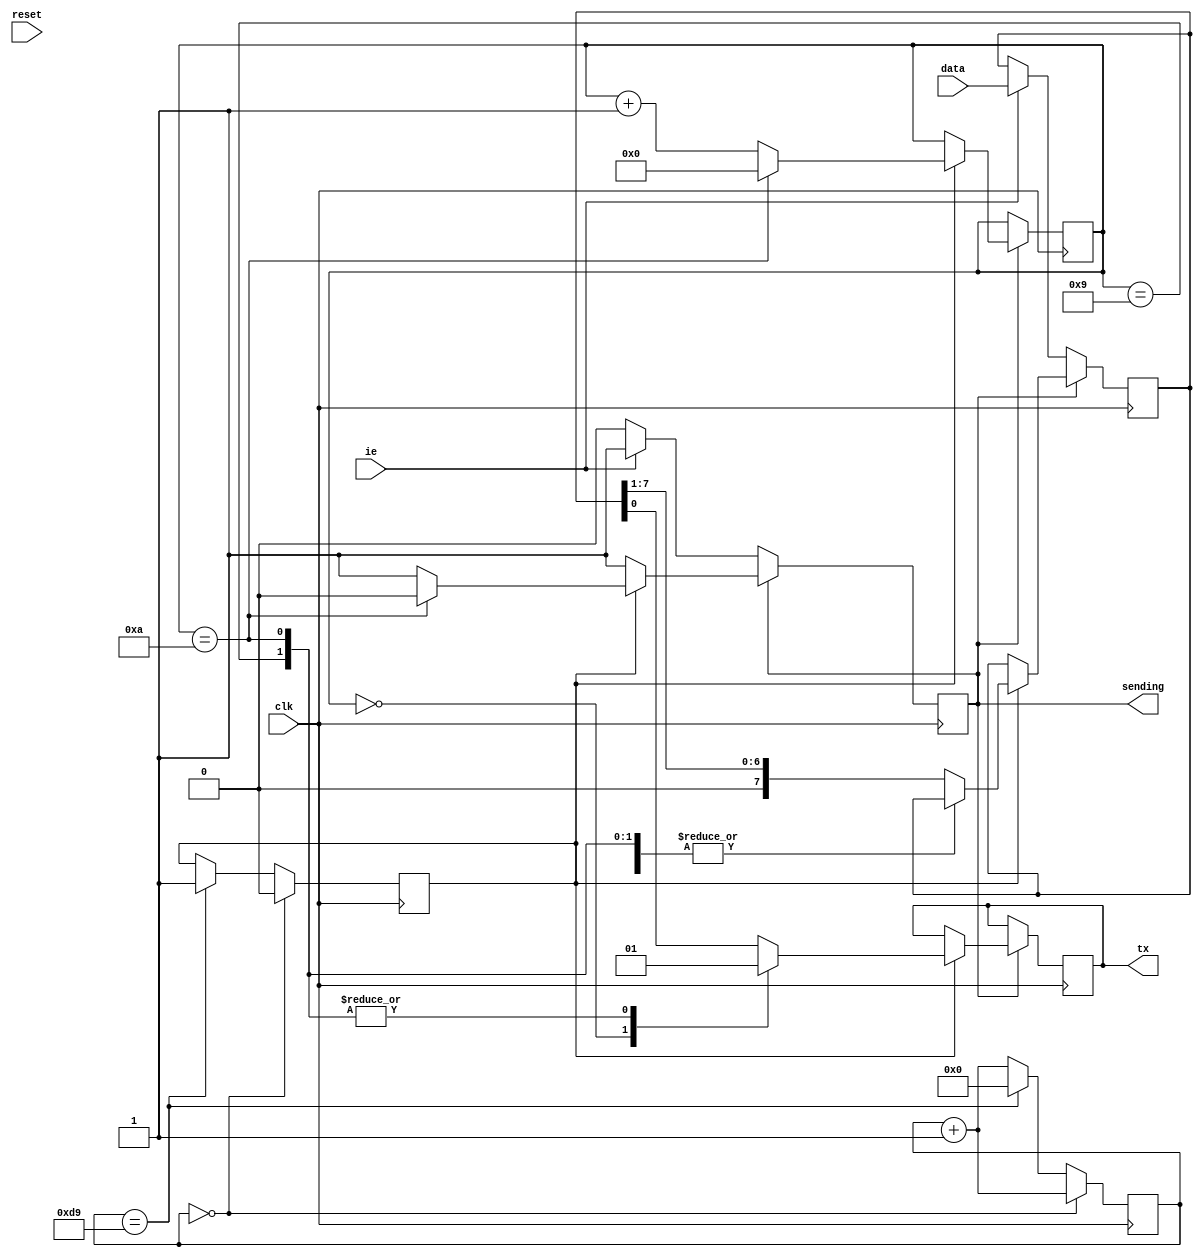
module serial_out #(
	parameter CLK_FREQUENCY_HZ = 50_000_000,
	parameter SERIAL_BPS = 230_400,
	parameter DATA_WIDTH = 8
) (
	input wire clk,
	input wire reset,

	input wire ie,
	input wire [DATA_WIDTH - 1:0] data,
	
	output reg tx,
	output reg sending = 0
);

// Definitions to make code easier to read and understand.
localparam
	HIGH  = 1'b1,
	LOW   = 1'b0,

	TRUE  = HIGH,
	FALSE = LOW;

localparam
	BIT_DURATION = CLK_FREQUENCY_HZ / SERIAL_BPS;

reg [$clog2(BIT_DURATION):0] counter = 'd0;
reg serial_tick = LOW;

always @(posedge clk)
	if (counter == 'd0) begin
		serial_tick <= LOW;
		counter <= counter + 'd1;
	end else if (counter == BIT_DURATION) begin
		serial_tick <= HIGH;
		counter <= 'd0;
	end else begin
		counter <= counter + 'd1;
	end

// The serial automaton converts a packet to a byte.
localparam
	FIRST_STEP = 'd0,
	LAST_STEP  = DATA_WIDTH + 2 - 1,
	END_STEP   = DATA_WIDTH + 2,
	MAX_STEP   = END_STEP + 1,

	START_BIT  = LOW,
	STOP_BIT   = HIGH;

reg [$clog2(MAX_STEP):0] serial_step = 'd0;
reg [DATA_WIDTH - 1:0] _data = 'd0;

always @(posedge clk)
	if (!sending) begin
		if (ie) begin
			sending <= TRUE;
			_data <= data;
		end
	end else
		if (serial_tick)
			case (serial_step)
				FIRST_STEP: begin
					serial_step <= serial_step + 'd1;
					tx <= START_BIT;
				end

				LAST_STEP: begin
					serial_step <= serial_step + 'd1;
					tx <= STOP_BIT;
				end

				END_STEP: begin
					serial_step <= FIRST_STEP;
					tx <= HIGH;
					sending <= FALSE;
				end

				default: begin
					serial_step <= serial_step + 'd1;
					tx <= _data[0];
					_data <= { 1'b0, _data[DATA_WIDTH - 1:1] };
				end
			endcase

endmodule